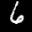
Label: 6